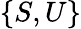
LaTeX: \{ S,U\}